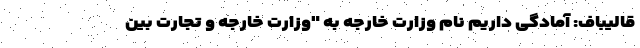
قالیباف: آمادگی داریم نام وزارت خارجه به "وزارت خارجه و تجارت بین